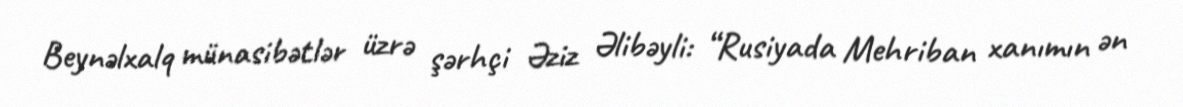
Beynəlxalq münasibətlər üzrə şərhçi Əziz Əlibəyli: “Rusiyada Mehriban xanımın ən